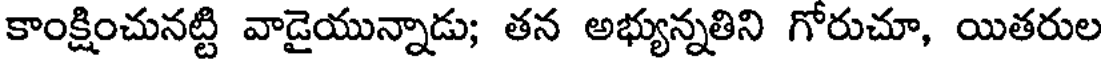
కాంక్షించునట్టి వాడైయున్నాడు; తన అభ్యున్నతిని గోరుచూ, యితరుల